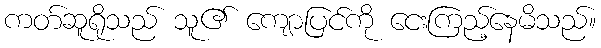
ကတ်ဆူရိုသည် သူ၏ ကျောပြင်ကို ငေးကြည့်နေမိသည်။